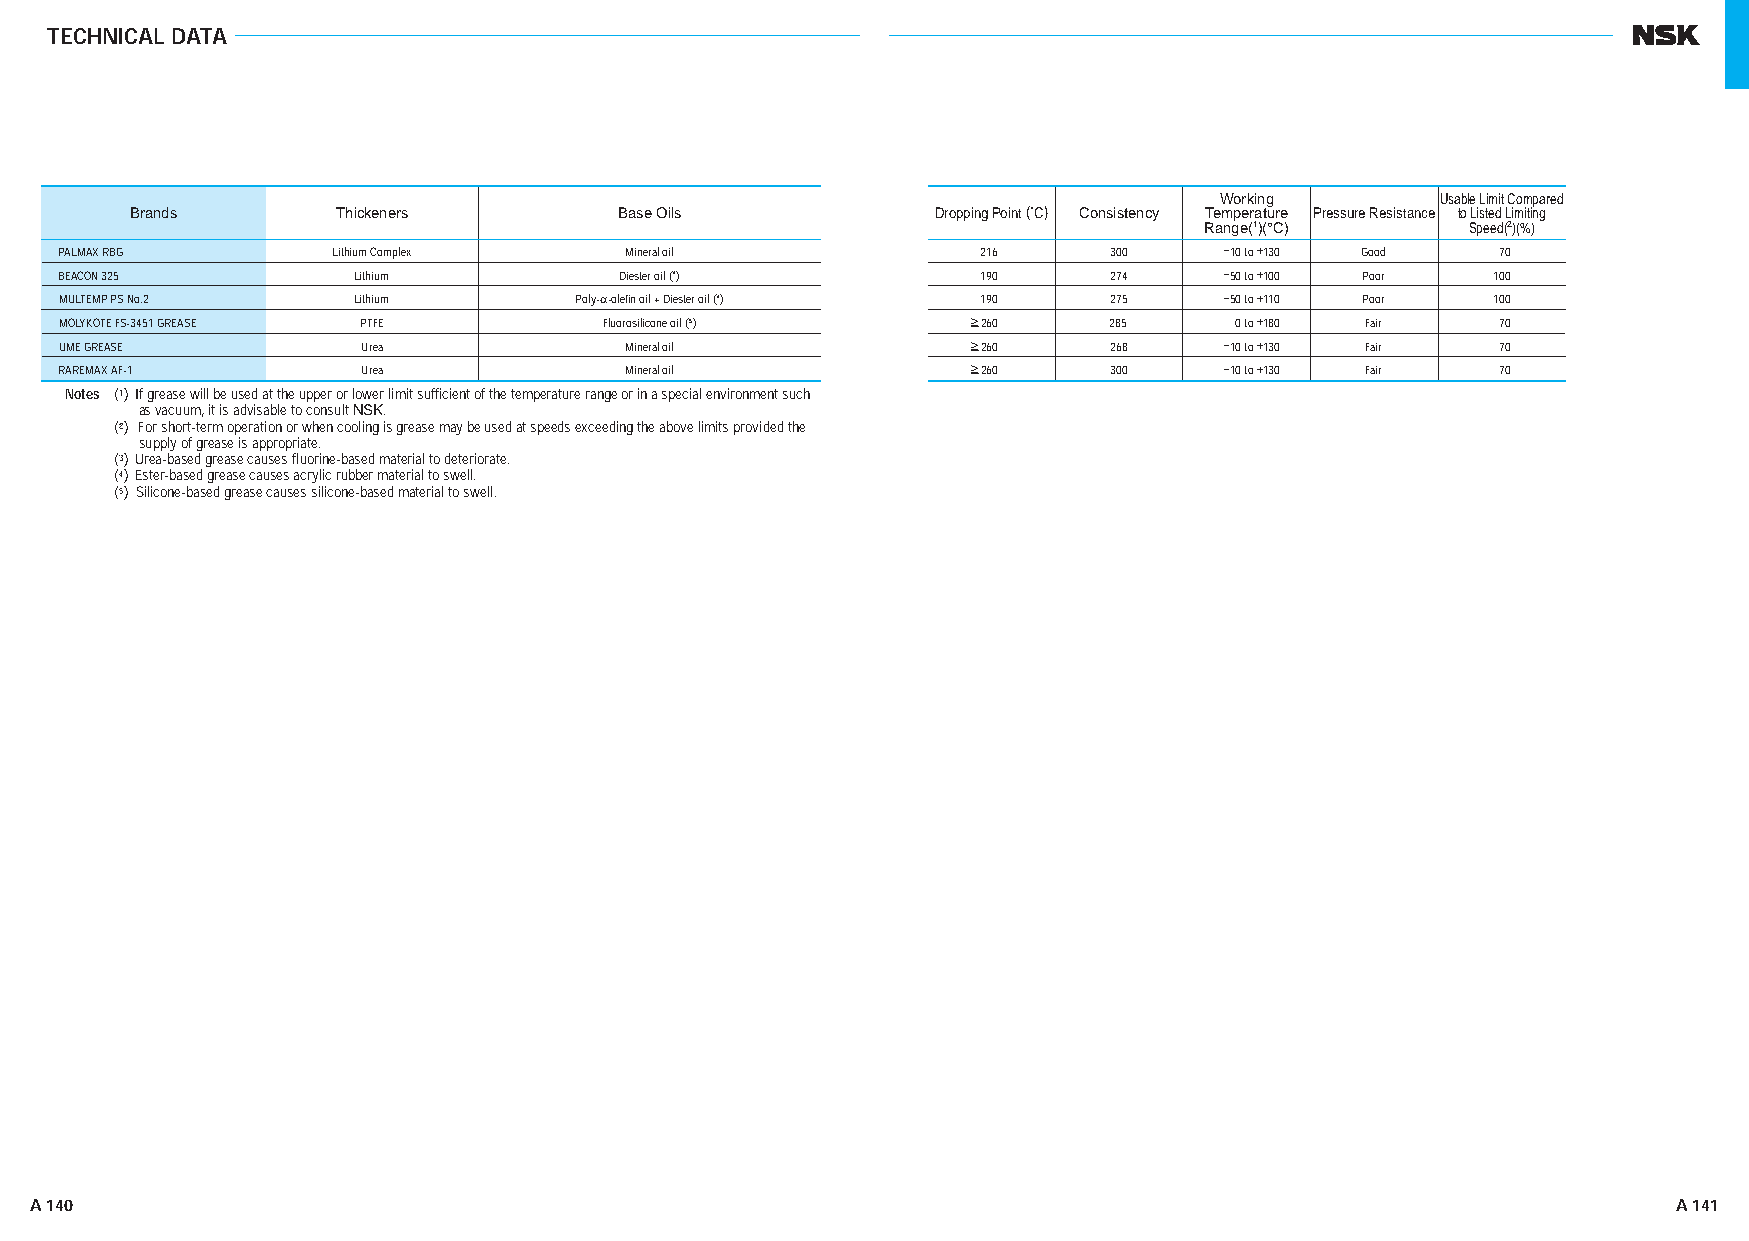
TECHNICAL DATA
 Working       Usable Limit Compared
 Brands       Thickeners         Base Oils            Dropping Point (˚C) Consistency Tempe rature Pressure Resistance to Listed Limiting
 Range(1)(°C)     Speed(2)(%)
 PALMAX RBG        Lithium Complex    Mineral oil             216      300    −10 to +130 Good  70
 BEACON 325          Lithium          Diester oil (4)         190      274    −50 to +100 Poor  100
 MULTEMP PS No.2     Lithium       Poly-α-olefin oil + Diester oil (4) 190 275 −50 to +110 Poor 100
 MOLYKOTE FS-3451 GREASE PTFE        Fluorosilicone oil (5)  ≥260      285     0 to +180 Fair   70
 UME GREASE          Urea             Mineral oil            ≥260      268    −10 to +130 Fair  70
 RAREMAX AF-1        Urea             Mineral oil            ≥260      300    −10 to +130 Fair  70
 Notes (1) If grease will be used at the upper or lower limit sufficient of the temperature range or in a special environment such
 as vacuum, it is advisable to consult NSK.
 Notes (2) For short-term operation or when cooling is grease may be used at speeds exceeding the above limits provided the
 supply of grease is appropriate.
 Notes (3) Urea-based grease causes fluorine-based material to deteriorate.
 Notes (4) Ester-based grease causes acrylic rubber material to swell.
 Notes (5) Silicone-based grease causes silicone-based material to swell.
 A 140                                                                                                        A 141
 AA112266--114411EE..iinndddd 114400--114411                                                              1111//2200//1133 44::5533::1111 PPMM